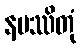
နမဿိတုံ